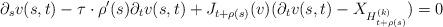
LaTeX: \begin{align*}\partial_sv(s,t)-\tau\cdot\rho'(s)\partial_tv(s,t)+J_{t+\rho(s)}(v)(\partial_tv(s,t)-X_{H_{t+\rho(s)}^{(k)}})=0 \end{align*}